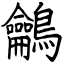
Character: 鸙